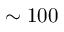
\sim 1 0 0